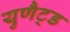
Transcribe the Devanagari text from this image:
युणैट्ड